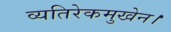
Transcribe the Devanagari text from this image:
व्यतिरेकमुखेन।